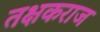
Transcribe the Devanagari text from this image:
तक्षकराज